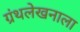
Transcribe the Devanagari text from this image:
ग्रंथलेखनाला